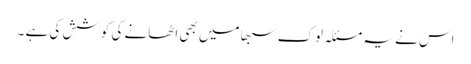
اس نے یہ مسئلہ لوک سبھا میں بھی اٹھانے کی کوشش کی ہے ۔